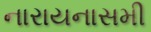
નારાયનાસમી